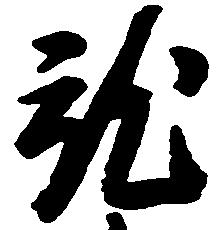
就